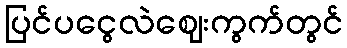
ပြင်ပငွေလဲဈေးကွက်တွင်